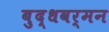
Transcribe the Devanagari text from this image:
बुद्धवर्मन